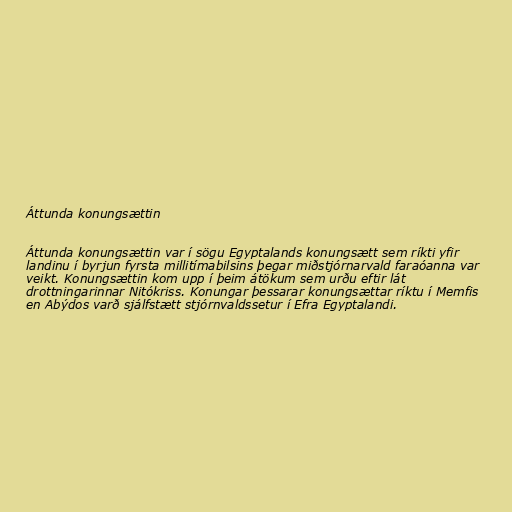
Áttunda konungsættin

Áttunda konungsættin var í sögu Egyptalands konungsætt sem ríkti yfir
landinu í byrjun fyrsta millitímabilsins þegar miðstjórnarvald faraóanna var
veikt. Konungsættin kom upp í þeim átökum sem urðu eftir lát
drottningarinnar Nitókriss. Konungar þessarar konungsættar ríktu í Memfis
en Abýdos varð sjálfstætt stjórnvaldssetur í Efra Egyptalandi.